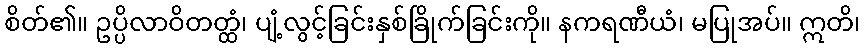
စိတ်၏။ ဥပ္ပိလာဝိတတ္ထံ၊ ပျံ့လွင့်ခြင်းနှစ်ခြိုက်ခြင်းကို။ နကရဏီယံ၊ မပြုအပ်။ ဣတိ၊